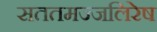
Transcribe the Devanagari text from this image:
सततमज्जलिरेष